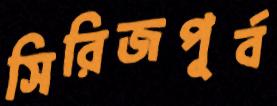
সিরিজপূর্ব